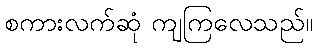
စကားလက်ဆုံ ကျကြလေသည်။